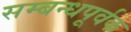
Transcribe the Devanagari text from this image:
सम्बन्धपूर्वक